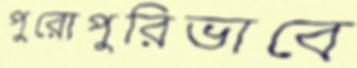
পুরোপুরিভাবে